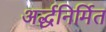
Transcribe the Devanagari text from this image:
अर्द्धनिर्मित